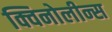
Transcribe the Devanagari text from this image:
क्विनोलीन्स